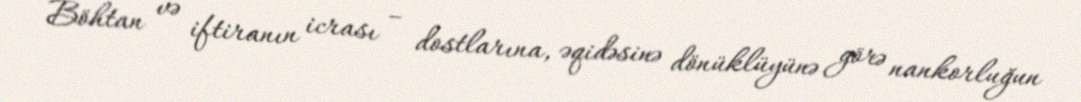
Böhtan və iftiranın icrası – dostlarına, əqidəsinə dönüklüyünə görə nankorluğun